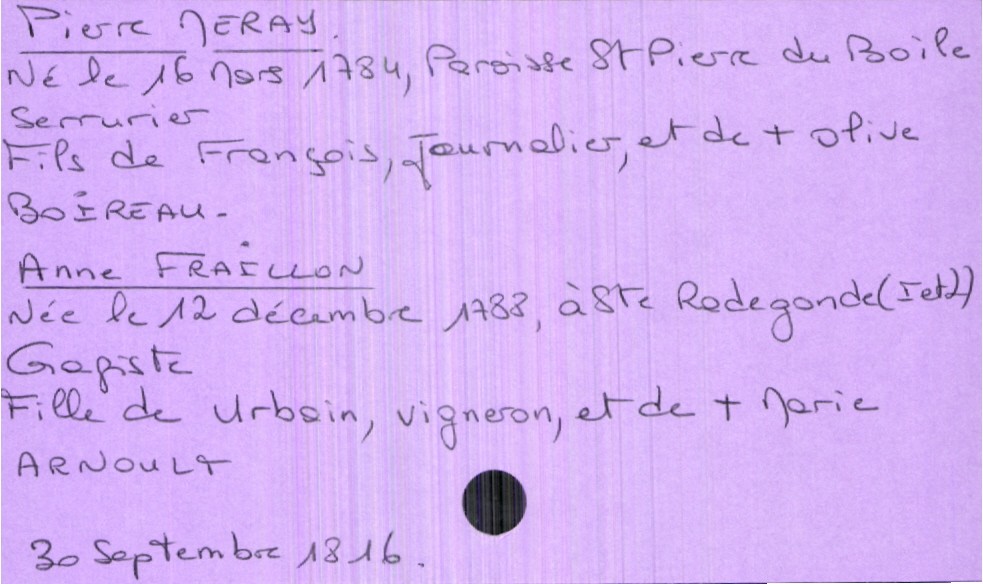
type_acte: Mariage
année: 1816
mois: septembre
jour: 30
marié_nom: Meray
marié_prénom: Pierre
marié_profession: serrurier
marié_date_de_naissance: 16 mars 1784
marié_lieu_de_naissance: Paroisse Saint Pierre du Boile
père_marié_nom: Meray
père_marié_prénom: François
père_marié_profession: journalier
mère_marié_nom: Boireau
mère_marié_prénom: Olive
mère_marié_statut: décédée
mariée_nom: Fraillon
mariée_prénom: Anne
mariée_profession: gagiste
mariée_date_de_naissance: 12 décembre 1788
mariée_lieu_de_naissance: Sainte Radegonde (Indre et Loire)
père_mariée_nom: Fraillon
père_mariée_prénom: Urbain
père_mariée_profession: vigneron
mère_mariée_nom: Arnoult
mère_mariée_prénom: Marie
mère_mariée_statut: décédée